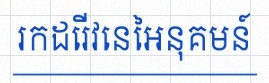
រកដេរីវេនៃអនុគមន៍